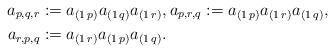
LaTeX: \begin{align*}a_{p,q,r}&:=a_{(1\,p)}a_{(1\,q)}a_{(1\,r)}, a_{p,r,q}:=a_{(1\,p)}a_{(1\,r)}a_{(1\,q)}, \\a_{r,p,q}&:=a_{(1\,r)}a_{(1\,p)}a_{(1\,q)}.\end{align*}